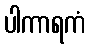
ပါကာရကံ